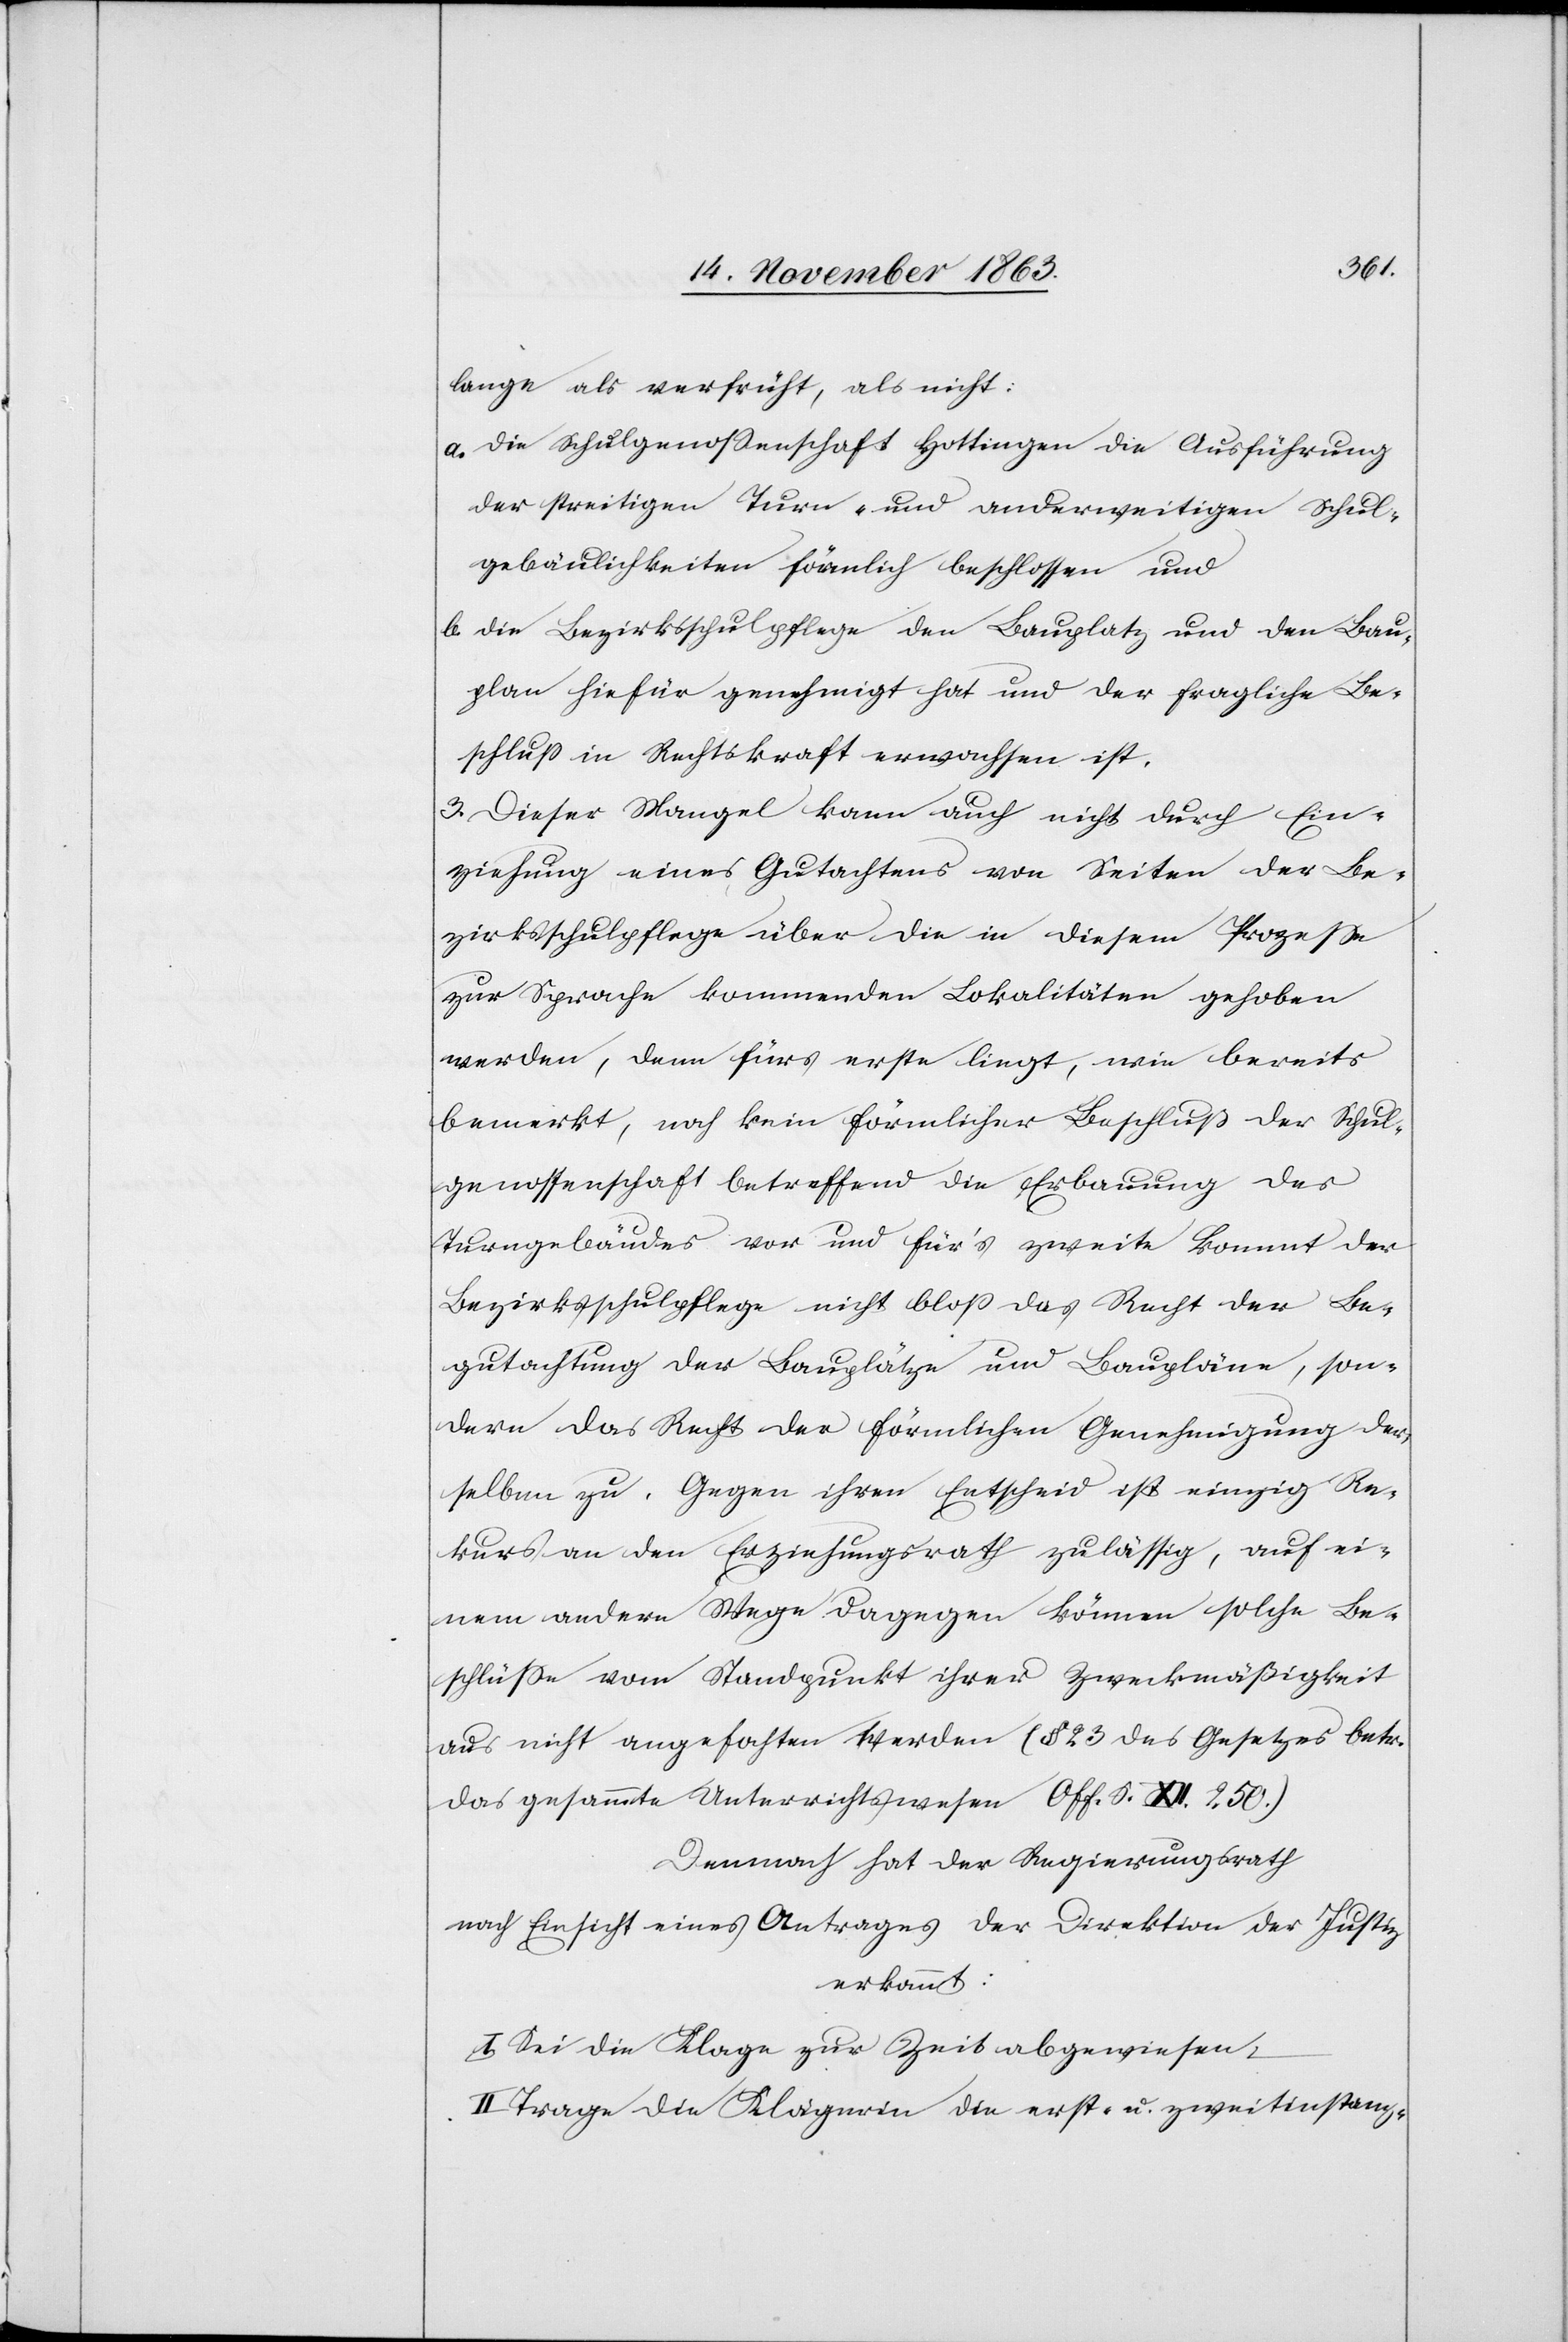
lange als verfrüht, als nicht:
a. die Schulgenossenschaft Hottingen die Ausführung
der streitigen Turn- und anderweitigen Schul¬
gebäulichkeiten förmlich beschlossen und
b. die Bezirksschulpflege den Bauplatz und den Bau¬
plan hiefür genehmigt hat und der fragliche Be¬
schluss in Rechtskraft erwachsen ist.
3. Dieser Mangel kann auch nicht durch Ein¬
ziehung eines Gutachtens von Seiten der Be¬
zirksschulpflege über die in diesem Prozesse
zur Sprache kommenden Lokalitäten gehoben
werden, denn fürs erste liegt, wie bereits
bemerkt, noch kein förmlicher Beschluß der Schul¬
genossenschaft betreffend die Erbauung des
Turngebäudes vor und für's zweite kommt der
Bezirksschulpflege nicht bloss das Recht der Be¬
gutachtung der Bauplätze und Baupläne, son¬
dern das Recht der förmlichen Genehmigung der¬
selben zu. Gegen ihren Entscheid ist einzig Re¬
kurs an den Erziehungsrath zulässig, auf ei¬
nem andern Wege dagegen können solche Be¬
schlüsse vom Standpunkt ihrer Zweckmäßigkeit
aus nicht angefochten werden (§ 23 des Gesetzes betr.
das gesammte Unterrichtswesen Off. S. XII. 250.)
Demnach hat der Regierungsrath
nach Einsicht eines Antrages der Direktion der Justiz
erkannt:
I. Sei die Klage zur Zeit abgewiesen.
II. Trage die Klägerin die erst- u. zweitinstanz-